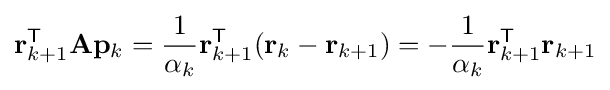
\mathbf {r} _{k+1}^{\mathsf {T}}\mathbf {A} \mathbf {p} _{k}={\frac {1}{\alpha _{k}}}\mathbf {r} _{k+1}^{\mathsf {T}}(\mathbf {r} _{k}-\mathbf {r} _{k+1})=-{\frac {1}{\alpha _{k}}}\mathbf {r} _{k+1}^{\mathsf {T}}\mathbf {r} _{k+1}